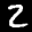
Label: 2